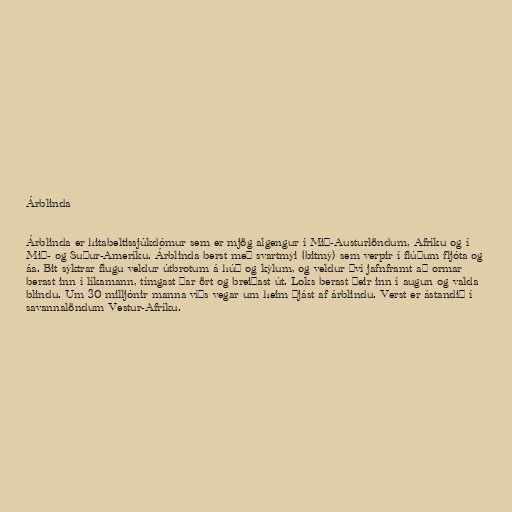
Árblinda

Árblinda er hitabeltissjúkdómur sem er mjög algengur í Mið-Austurlöndum, Afríku og í
Mið- og Suður-Ameríku. Árblinda berst með svartmýi (bitmý) sem verpir í flúðum fljóta og
áa. Bit sýktrar flugu veldur útbrotum á húð og kýlum, og veldur því jafnframt að ormar
berast inn í líkamann, tímgast þar ört og breiðast út. Loks berast þeir inn í augun og valda
blindu. Um 30 milljónir manna víðs vegar um heim þjást af árblindu. Verst er ástandið í
savannalöndum Vestur-Afríku.